Document type: Sale
Year: 1461
Scribe: [Unknown]
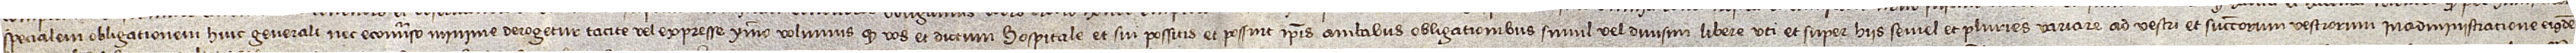
specialem obligationem huic generali nec econverso minime derogetur tacite vel expresse. Ymmo volumus quod vos et dictum hospitale et sui possitis et possint ipsis ambabus obligationibus simul vel divisim libere uti et super hiis semel et pluries variare ad vestri et successorum vestrorum in administratione eiusdem